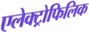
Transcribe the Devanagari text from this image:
एलेक्ट्रोफिलिक